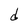
Character: d